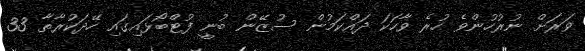
ވަރަށް ނުރުހުންވެ ހުރެ ވާހަކަ ދައްކަމުން ސުޒޭން ބުނީ ފުޓްބޯޅައިގައި ހޭދަކުރާތާ 33